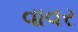
વાવર